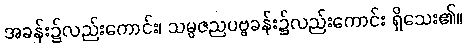
အခန်း၌လည်းကောင်း၊ သမ္ပဇညပဗ္ဗခန်း၌လည်းကောင်း ရှိသေး၏။